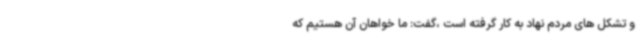
و تشکل های مردم نهاد به کار گرفته است ،گفت: ما خواهان آن هستیم که